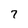
Character: 7